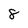
Character: 8